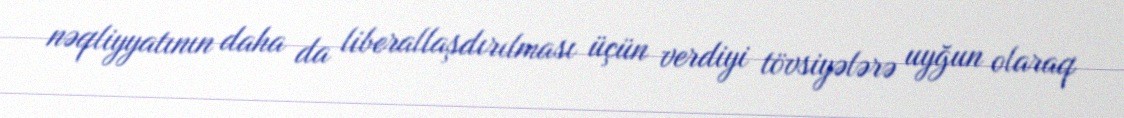
nəqliyyatının daha da liberallaşdırılması üçün verdiyi tövsiyələrə uyğun olaraq